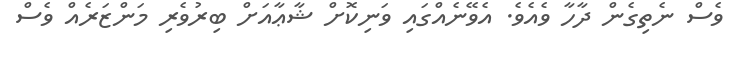
ވެސް ނެތިގެން ދާހާ ވެއެވެ. އެވޭނެއްގައި ވަނިކޮށް ޝާޢާއަށް ބިރުވެރި މަންޒަރެއް ވެސް